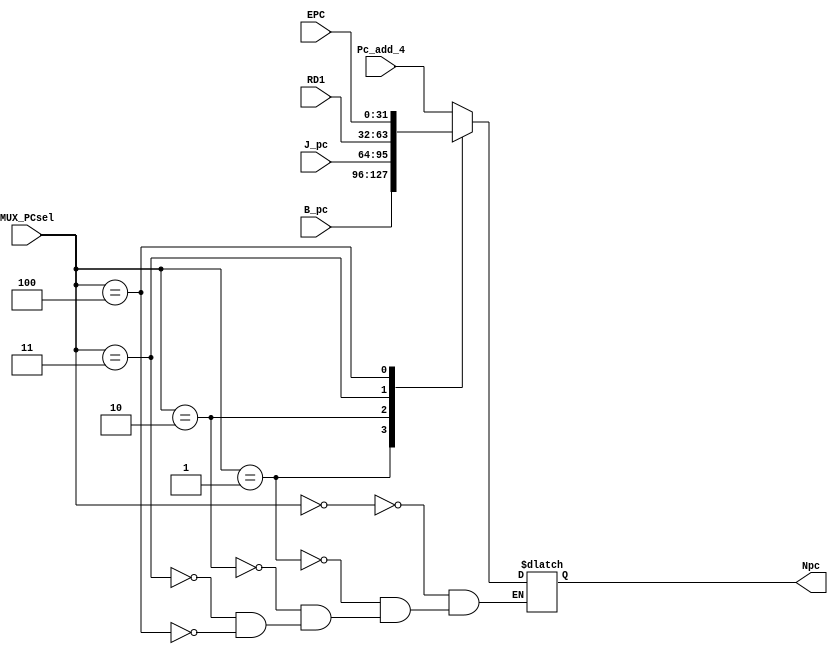
`timescale 1ns / 1ps
//////////////////////////////////////////////////////////////////////////////////
// Company: 
// Engineer: 
// 
// Design Name: 
// Module Name:    MUX_PC 
// Project Name: 
// Target Devices: 
// Tool versions: 
// Description: 
//
// Dependencies: 
//
// Revision: 
// Revision 0.01 - File Created
// Additional Comments: 
//
//////////////////////////////////////////////////////////////////////////////////
module MUX_PC(
    input [31:0] Pc_add_4,
    input [31:0] B_pc,
    input [31:0] J_pc,
    input [31:0] RD1,
	 input [31:0] EPC,
    input [2:0] MUX_PCsel,
    output reg [31:0] Npc
    );
	always @(*)begin
		case (MUX_PCsel)
			3'b000: Npc<=Pc_add_4;
			3'b001: Npc<=B_pc;
			3'b010: Npc<=J_pc;
			3'b011: Npc<=RD1;
			3'b100: Npc<=EPC;
		endcase
	end

endmodule